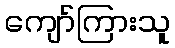
ကျော်ကြားသူ